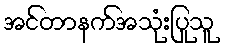
အင်တာနက်အသုံးပြုသူ